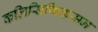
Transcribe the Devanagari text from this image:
कलिसिफिकसन